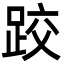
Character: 跤